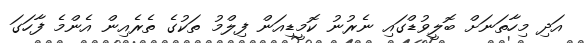
އަދި މިހާތަނަށް ބޮލީވުޑްގައި ނެރުނު ކޮމީޑިއަން ފިލްމު ތަކުގެ ތެރެއިން އެންމެ ފާހަގަ